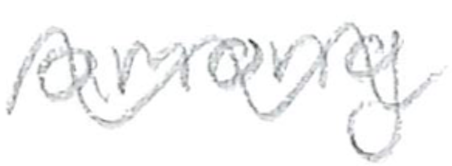
Text: among
Cross-out: mix
Writing tool: pencil